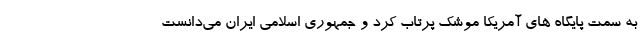
به سمت پایگاه های آمریکا موشک پرتاب کرد و جمهوری اسلامی ایران می‌دانست